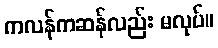
ကလန်ကဆန်လည်း မလုပ်။